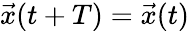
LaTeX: {\vec{x}}(t+T)={\vec{x}}(t)